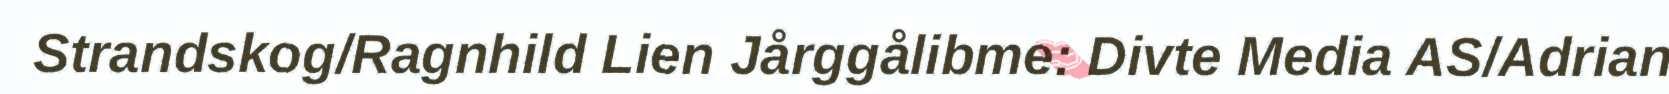
Strandskog/Ragnhild Lien Jårggålibme: Divte Media AS/Adrian